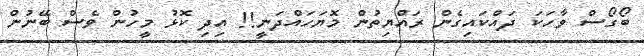
ބޯގޯސް ވާހަކަ ދައްކައިގެން ރައްޔިތުން މޮޔަހައްދަނީ!! އިދި ކޮޅު މީހުން ވެސް ބޭނުން